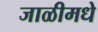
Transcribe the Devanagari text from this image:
जाळीमधे